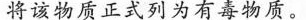
将该物质正式列为有毒物质。